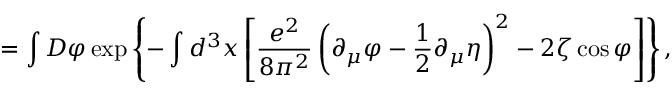
= \int D \varphi \exp \left\{ - \int d ^ { 3 } x \left[ \frac { e ^ { 2 } } { 8 \pi ^ { 2 } } \left( \partial _ { \mu } \varphi - \frac 1 2 \partial _ { \mu } \eta \right) ^ { 2 } - 2 \zeta \cos \varphi \right] \right\} ,